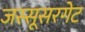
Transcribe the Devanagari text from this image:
जस्सूसरगेट